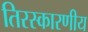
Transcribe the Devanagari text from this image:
तिरस्कारणीय